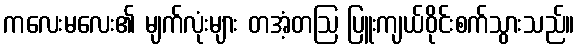
ကလေးမလေး၏ မျက်လုံးများ တအံ့တဩ ပြူးကျယ်ဝိုင်းစက်သွားသည်။